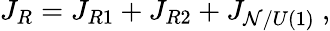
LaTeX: J_{R}=J_{R1}+J_{R2}+J_{{\cal\mathcal{N}}/U(1)}~,